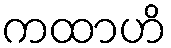
ကထာဟိ